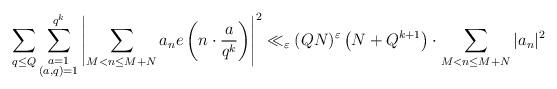
LaTeX: \begin{align*} \sum\limits_{q\le Q} \sum\limits_{\substack{a=1\\ (a,q)=1}}^{q^k} \left| \sum\limits_{M<n\le M+N} a_n e\left(n\cdot \frac{a}{q^k}\right) \right|^2\ll_{\varepsilon} (QN)^{\varepsilon}\left(N+Q^{k+1}\right)\cdot \sum\limits_{M<n\le M+N} |a_n|^2\end{align*}